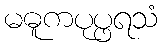
မဓူကပုပ္ဖရသံ